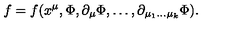
f = f ( x ^ { \mu } , \Phi , \partial _ { \mu } \Phi , \ldots , \partial _ { { \mu _ { 1 } } \ldots { \mu _ { k } } } \Phi ) .